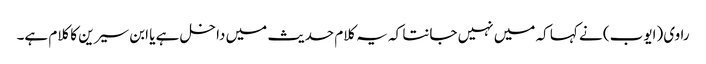
راوی (ایوب) نے کہا کہ میں نہیں جانتا کہ یہ کلام حدیث میں داخل ہے یا ابن سیرین کا کلام ہے۔